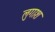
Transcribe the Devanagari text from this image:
लुगाश